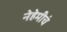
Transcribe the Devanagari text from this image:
नेहेमीचं